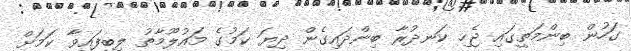
ގަހުން ބިންމަތީގައިި ޖެހި ކަނދުރާ ބިންދައިގެން ދިޔަ ކަމުގެ މައުލޫމާތު ލިބިފައިވާ ކަމަށް